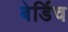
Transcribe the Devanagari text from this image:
बेर्डिच